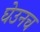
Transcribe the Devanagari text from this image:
घेउनच